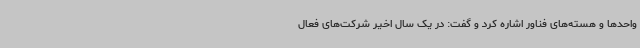
واحدها و هسته‌های فناور اشاره کرد و گفت: در یک سال اخیر شرکت‌های فعال